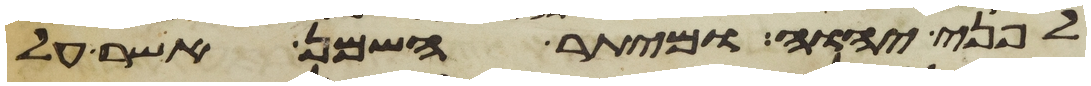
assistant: לפני יהוה ומיתר השמן אשר על